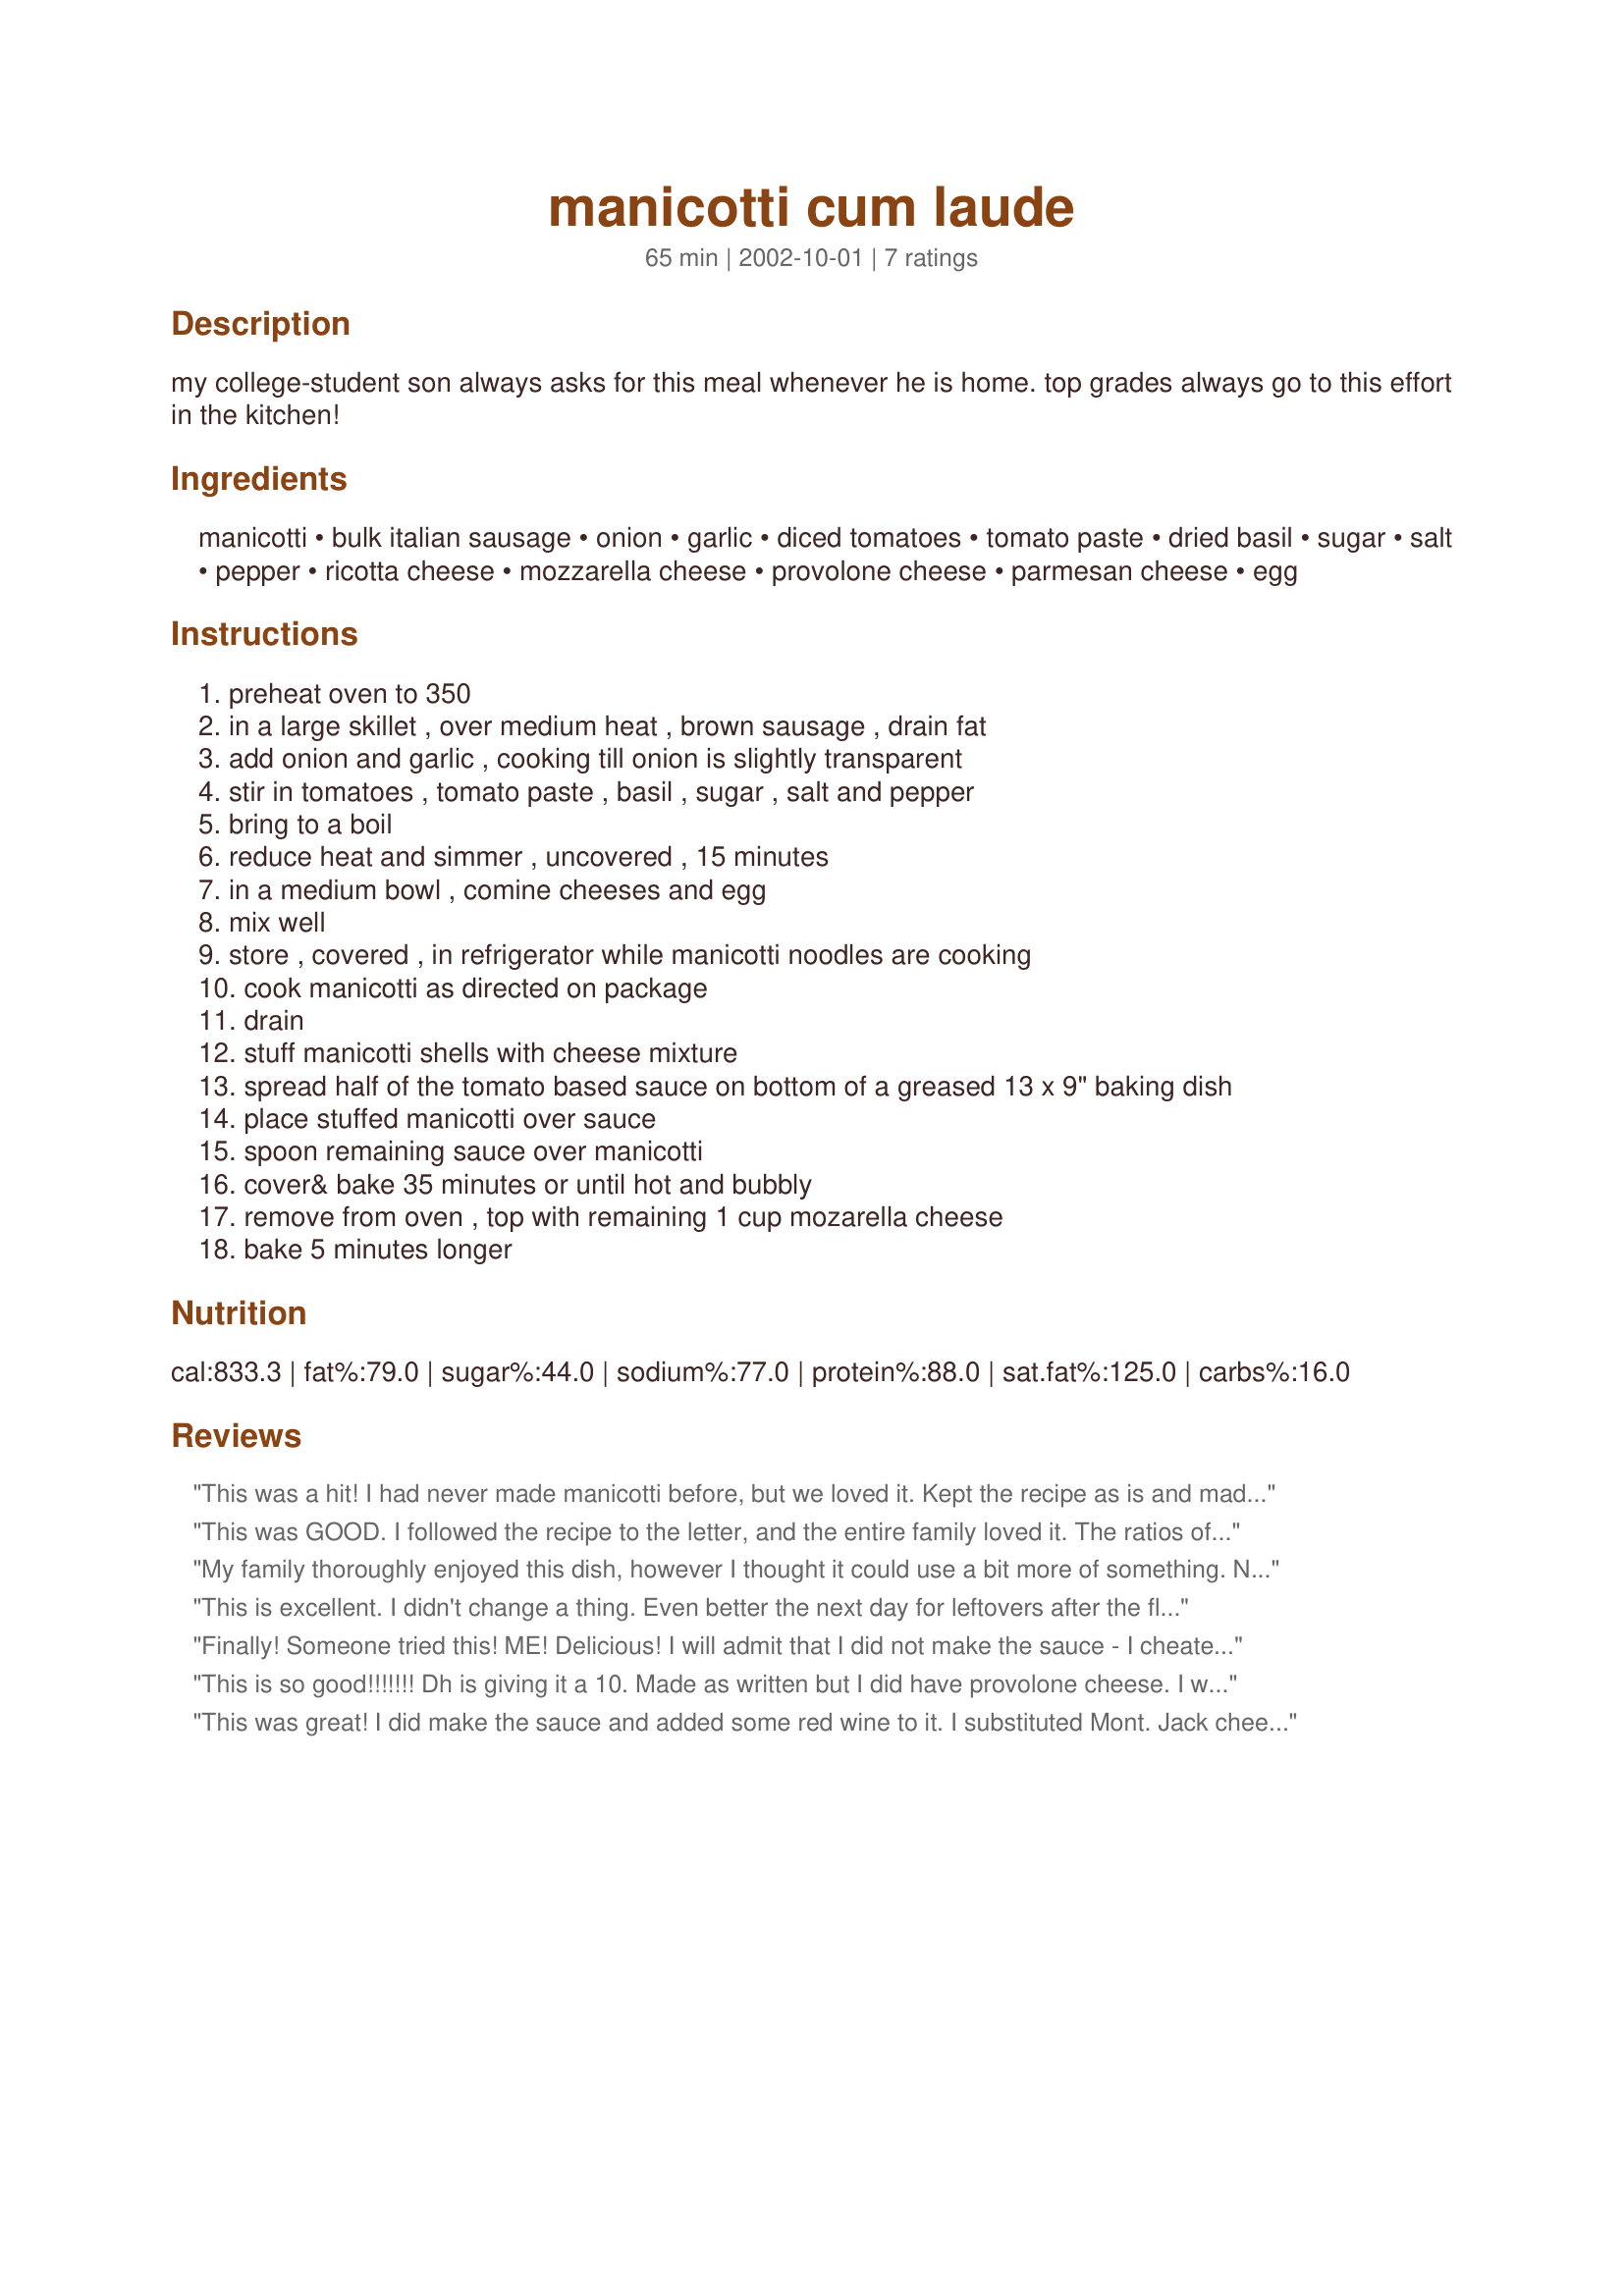
manicotti cum laude
Preparation time: 65 minutes

my college-student son always asks for this meal whenever he is home. top grades always go to this effort in the kitchen!

Ingredients:
manicotti, bulk italian sausage, onion, garlic, diced tomatoes, tomato paste, dried basil, sugar, salt, pepper, ricotta cheese, mozzarella cheese, provolone cheese, parmesan cheese, egg

Steps:
preheat oven to 350, in a large skillet , over medium heat , brown sausage , drain fat, add onion and garlic , cooking till onion is slightly transparent, stir in tomatoes , tomato paste , basil , sugar , salt and pepper, bring to a boil, reduce heat and simmer , uncovered , 15 minutes, in a medium bowl , comine cheeses and egg, mix well, store , covered , in refrigerator while manicotti noodles are cooking, cook manicotti as directed on package, drain, stuff manicotti shells with cheese mixture, spread half of the tomato based sauce on bottom of a greased 13 x 9" baking dish, place stuffed manicotti over sauce, spoon remaining sauce over manicotti, cover& bake 35 minutes or until hot and bubbly, remove from oven , top with remaining 1 cup mozarella cheese, bake 5 minutes longer

Reviews:
This was a hit! I had never made manicotti before, but we loved it. Kept the recipe as is and made enough to freeze a batch (we are only 2)!! Thanks!
This was GOOD. I followed the recipe to the letter, and the entire family loved it. The ratios of cheese were perfect. Will make again without changing a thing. Thanks Fauve.
My family thoroughly enjoyed this dish, however I thought it could use a bit more of something. Next time, I am going to try adding a bit of celery, mushrooms and maybe sweet peppers to the sauce (and make more of it), and maybe put some finely chopped mushrooms and spinach in the cheese mixture. (The cheese combination, by the way, is outstanding as is.) Next time I will also use hot Italian sausage rather than the mild ones. The dish is relatively simple to prepare - it's one of those that can be prepared in stages if need be. Thank you for sharing - it was put in my cookbook before it was even made.
This is excellent. I didn't change a thing. Even better the next day for leftovers after the flavors have all settled in. Thanks much!
Finally! Someone tried this! ME! Delicious! I will admit that I did not make the sauce - I cheated and used a jar of Newman's Own, but it was delightful just the same. I didn't change anything else (except to add a bit of salt,some pepper and a little nutmeg to the cheese mixture. I will tell you that my cheese manicottie was never cleaned out that fast. Guess what? I have a new recipe for manicotti. (maybe I'll even make the sauce next time!) Thanks.
This is so good!!!!!!! Dh is giving it a 10. Made as written but I did have provolone cheese. I will be making this often!!! Thank you Fauve another one of your great recipes.
This was great! I did make the sauce and added some red wine to it. I substituted Mont. Jack cheese because I didn't have Provolone. I don't know if this made a big difference or not, but we certainly liked it.
